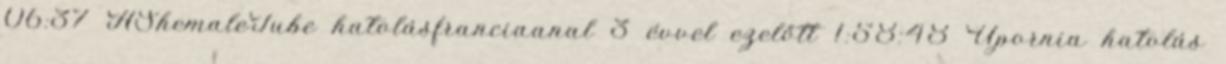
06:37 AShemaleTube hatolásfranciaanal 3 évvel ezelőtt 1:58:48 Upornia hatolás